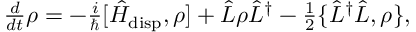
\begin{array} { r } { \frac { d } { d t } \rho = - \frac { i } { \hbar } [ \hat { H } _ { \mathrm { d i s p } } , \rho ] + \hat { L } \rho \hat { L } ^ { \dagger } - \frac { 1 } { 2 } \{ \hat { L } ^ { \dagger } \hat { L } , \rho \} , } \end{array}